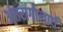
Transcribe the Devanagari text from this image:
अंतरागोलार्ध